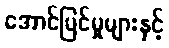
အောင်မြင်မှုများနှင့်